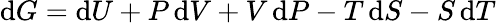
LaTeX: \mathrm{d}G=\mathrm{d}U+P\, \mathrm{d}V+V\, \mathrm{d}P-T\, \mathrm{d}S-S\, \mathrm{d}T